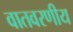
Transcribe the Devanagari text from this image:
वातवरणीय